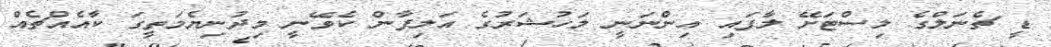
ޑީ ޗެނަލްގެ ލިސްޓަށޭ ލާފައި އިންނަނީ މަހުޝަރުގެ އަލިފާން ކެވޭނީ މިދުނިޔެމަތީގަ ކާއެއްޗެއް